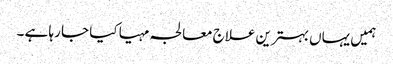
ہمیں یہاں بہترین علاج معالجہ مہیا کیا جا رہا ہے ۔